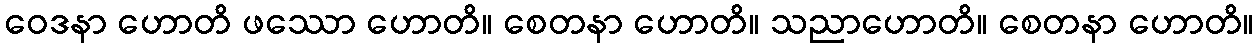
ဝေဒနာ ဟောတိ ဖဿော ဟောတိ။ စေတနာ ဟောတိ။ သညာဟောတိ။ စေတနာ ဟောတိ။